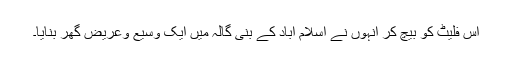
اس فلیٹ کو بیچ کر انہوں نے اسلام آباد کے بنی گالہ میں ایک وسیع وعریض گھر بنایا۔